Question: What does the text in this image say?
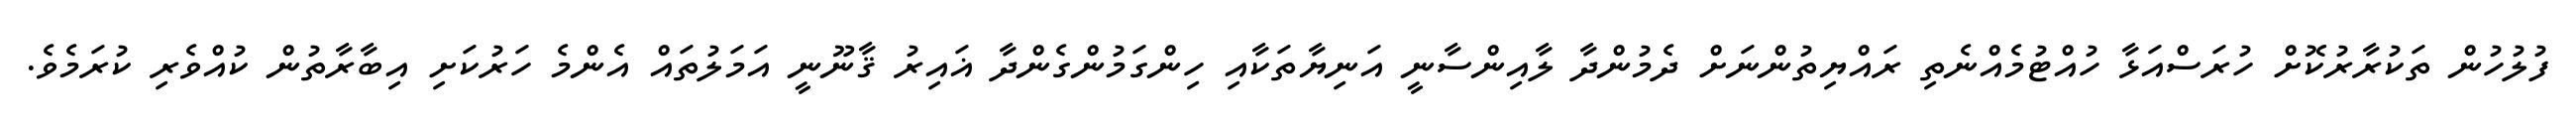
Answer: ފުލުހުން ތަކުރާރުކޮށް ހުރަސްއަޅާ ހުއްޓުމެއްނެތި ރައްޔިތުންނަށް ދެމުންދާ ލާއިންސާނީ އަނިޔާތަކާއި ހިންގަމުންގެންދާ ޣައިރު ޤާނޫނީ އަމަލުތައް އެންމެ ހަރުކަށި އިބާރާތުން ކުއްވެރި ކުރަމެވެ.